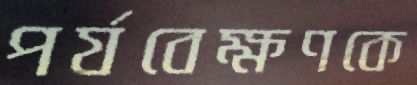
পর্যবেক্ষণকে